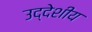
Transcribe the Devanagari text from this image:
उद्देशीय